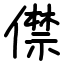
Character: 僸